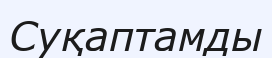
Суқаптамды